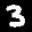
Label: 3